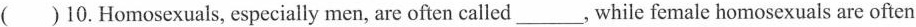
( )10.Homosexuals, especially men, are often called___, while female homosexuals are often